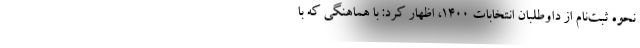
نحوه ثبت‌نام از داوطلبان انتخابات ۱۴۰۰، اظهار کرد: با هماهنگی که با